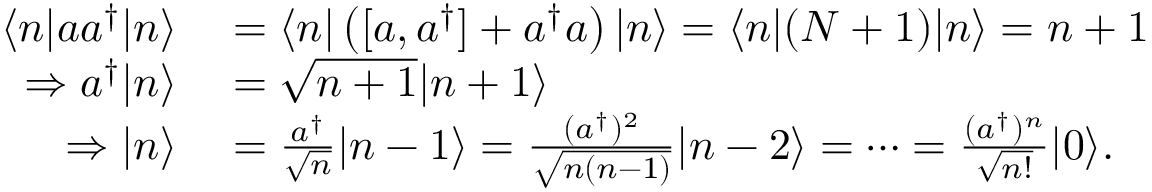
\begin{array} { r l } { \langle n | a a ^ { \dagger } | n \rangle } & { { } = \langle n | \left( [ a , a ^ { \dagger } ] + a ^ { \dagger } a \right) | n \rangle = \langle n | ( N + 1 ) | n \rangle = n + 1 } \\ { \Rightarrow a ^ { \dagger } | n \rangle } & { { } = { \sqrt { n + 1 } } | n + 1 \rangle } \\ { \Rightarrow | n \rangle } & { { } = { \frac { a ^ { \dagger } } { \sqrt { n } } } | n - 1 \rangle = { \frac { ( a ^ { \dagger } ) ^ { 2 } } { \sqrt { n ( n - 1 ) } } } | n - 2 \rangle = \cdots = { \frac { ( a ^ { \dagger } ) ^ { n } } { \sqrt { n ! } } } | 0 \rangle . } \end{array}